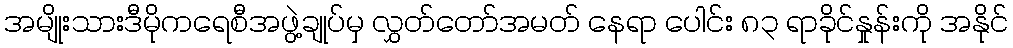
အမျိုးသားဒီမိုကရေစီအဖွဲ့ချုပ်မှ လွှတ်တော်အမတ် နေရာ ပေါင်း ၈၃ ရာခိုင်နှုန်းကို အနိုင်